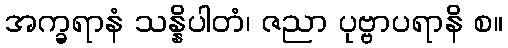
အက္ခရာနံ သန္နိပါတံ၊ ဇညာ ပုဗ္ဗာပရာနိ စ။